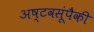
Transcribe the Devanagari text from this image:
अष्टवसूंपैकी